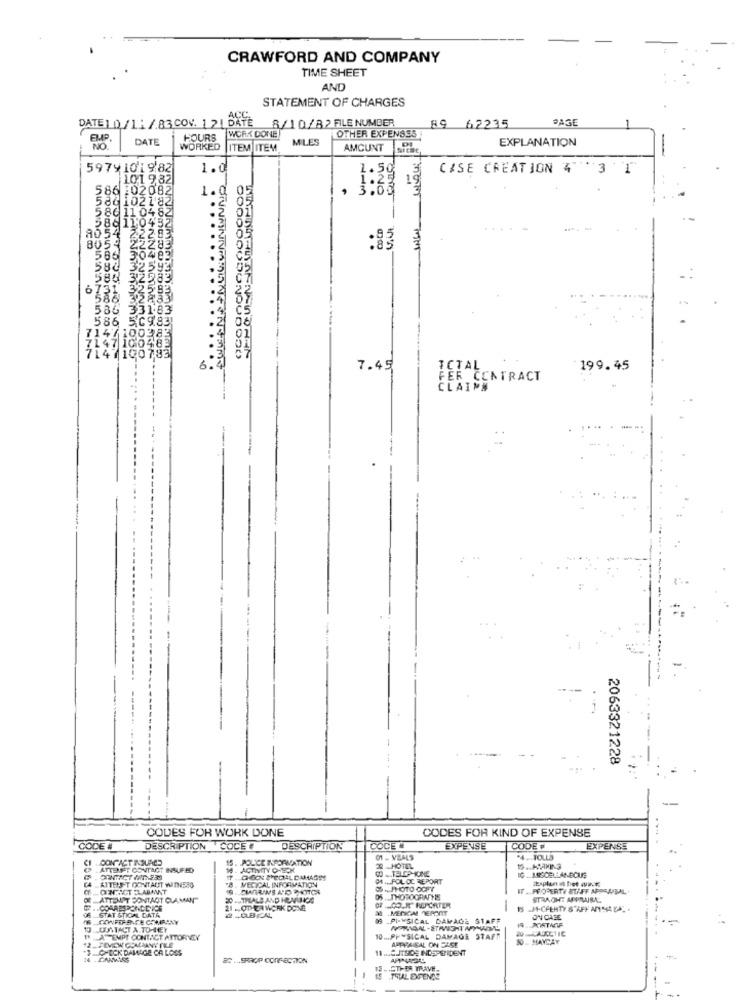
CRAWFORD AND COMPANY
TIME SHEET
AND
STATEMENT OF CHARGES
DATE 1 0/11 /.83.COV. 1 21 DAYE
8/10/82 FILE NUMBER
PAGE
OTHER EXPENSES
89 62235
EMP.
DATE
HOURS
WORK DONE
MILES
EXPLANATION
NO
WORKED
ITEM ITEM
AMCUNT STRE,
5979 1019 82
1.0
1.50
CASE CREATION 4 3 1
101 9 82
86 102082
1.0
0
, 3
80 102182
586 11 04 82
58811:0432
.3
8054 22283
8059 22283
:83
586 30483
580 32593
580 32583
6731
331
FERS
6.4
7.45
ICTAL.
199.45
FER CONTRACT
CLAIMN
2063321228
CODES FOR WORK DONE
CODES FOR KIND OF EXPENSE
CODE #
DESCRIPTION COCE
DESCRIPTION
COCE #
EXPENSE
CODE
EXPENSE
.. CONTACT INOURES
15. POLICE INFORMATION
.4.TOLLS
ATTEMPT CONTACT INSUFED
14. ACTIVITY CHECK
2 -HOTEL
00 .TELEPICINE
IG. MISCELLANEOUS
C4 AITELET CONTAUT WITNESS
7 . GOCN SPEDAL DAMAGT
8. MEDICAL INFORMATION
04 ., FOL CC REPORT
C .PHOTO OGFT
WT . PROPERTY STAFF APPRAISAL
NATTEN'T CONTACT CLAMAN
20 -STHEALS AND HEVINGS
05 . THOROGRATHS
1
STRAONT APPRAISAL
21 . OTHER WORK DONE
38 MEDICAL REPORT
# .CO.R REPORTER
15 JA-CHEHTY STAFF ANIMASA. .
Of . STAT STICAL DATA
76.COWFIRE CE COMPANY
09 PI-YSICAL DAMAGE STAFF
588888888
14
PORTAOF
ON CASE
CONTACT A TO-HEY
" A" EMPE CONTACT ATTORNEY
10 ... PHYSICAL DAMAGE STAFF
APPRAISAL ON DASE
10- MAYCAY
3.CHECK DAWIGE CA LOSS
11 .... JTSOg INDEPSIDENT
SPROP CONFECTION
12 ... STIER TRAVE-
15 THAL EXPENDS